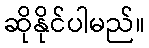
ဆိုနိုင်ပါမည်။